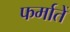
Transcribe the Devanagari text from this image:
फर्मातें